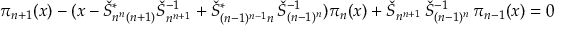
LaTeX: \pi _ { n + 1 } ( x ) - ( x - \check { S } _ { n ^ { n } ( n + 1 ) } ^ { * } \check { S } _ { n ^ { n + 1 } } ^ { - 1 } + \check { S } _ { ( n - 1 ) ^ { n - 1 } n } ^ { * } \, \check { S } _ { ( n - 1 ) ^ { n } } ^ { - 1 } ) \pi _ { n } ( x ) + \check { S } _ { n ^ { n + 1 } } \, \check { S } _ { ( n - 1 ) ^ { n } } ^ { - 1 } \, \pi _ { n - 1 } ( x ) = 0